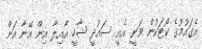
އެގައުމުގެ ކޯޓަކުން ވަނީ އެއީ ސައުދީ ޝާހީ އާއިލާ އިން އޭނާ އަށް